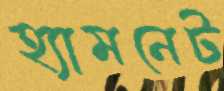
হ্যামনেট